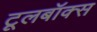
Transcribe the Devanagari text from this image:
टूलबॉक्स